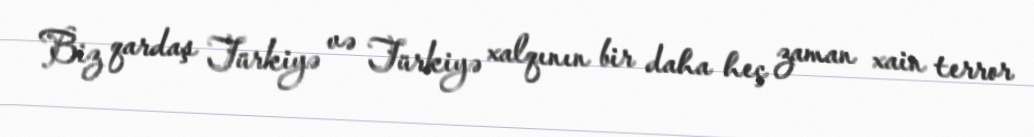
Biz qardaş Türkiyə və Türkiyə xalqının bir daha heç zaman xain terror